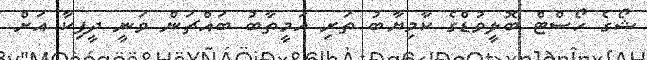
ޝޯގެ ހޯސްޓް ބޮލީވުޑްގެ ކާމިޔާބު ތަރި އަމީތާބު ބައްޗަން ވަނީ ދީޕިކާ އަށް